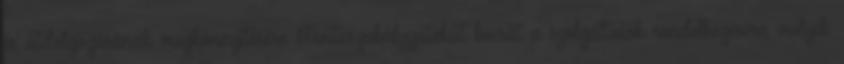
és átdolgozásának megkönnyítésére Mintaszabályzatokat bocsát a szolgáltatók rendelkezésére, melyek